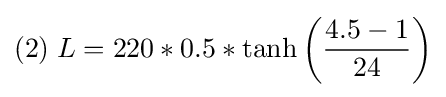
(2)\;L=220*0.5*\tanh \left({\frac {4.5-1}{24}}\right)